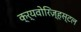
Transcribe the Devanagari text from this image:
क्र्यवोरिज़्हस्टल